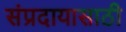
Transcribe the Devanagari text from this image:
संप्रदायासाठी